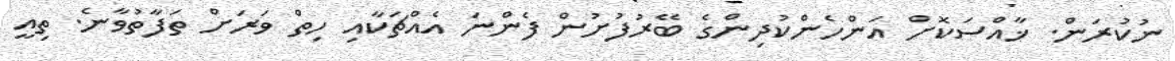
ނުކުރަން. ޚާއްސަކޮށް އަންހެންކުދިންގެ ބޭރުފުށުން ފެންނަ އެއްޗަކާއި ހިތް ވަރަށް ތަފާތުވާނެ. ތިއީ